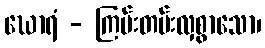
ဃောရံ - ကြမ်းတမ်းလှစွာသော၊